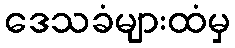
ဒေသခံများထံမှ